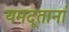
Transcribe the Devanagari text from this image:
यमदूतानां